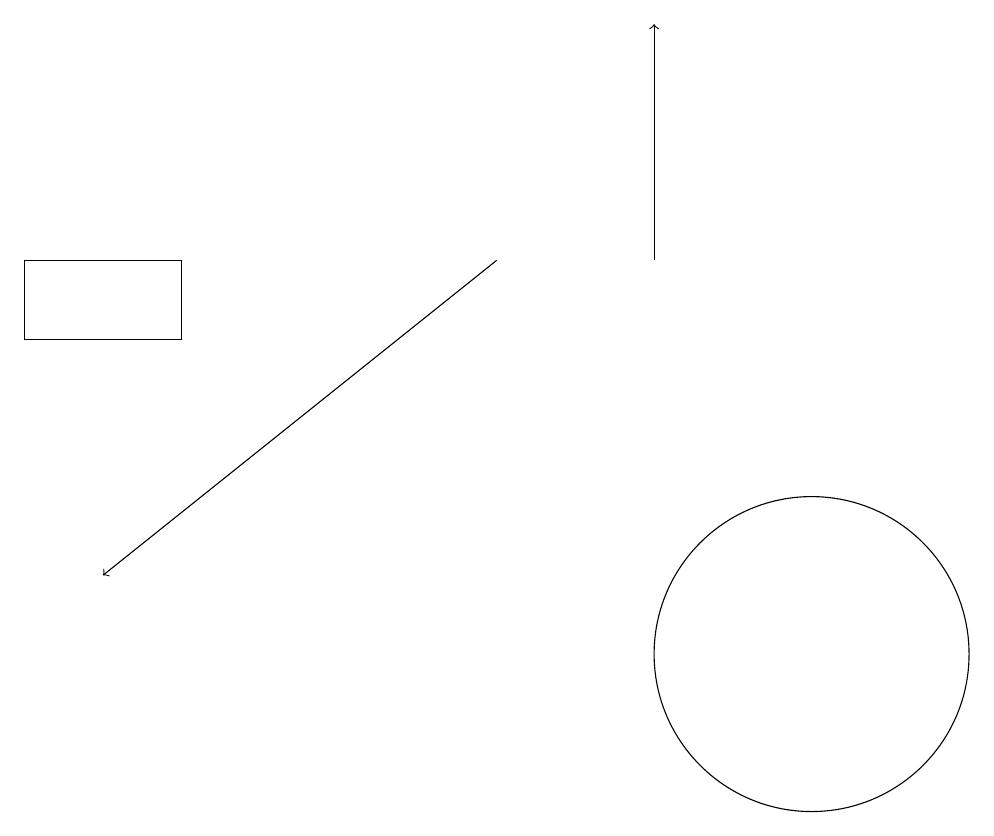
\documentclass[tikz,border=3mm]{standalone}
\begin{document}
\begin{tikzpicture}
\draw[->] (7,15) -- (2,11);
\draw[->] (9,15) -- (9,18);
\draw (1,15) rectangle (3,14);
\draw (11,10) circle (2);
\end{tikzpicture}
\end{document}